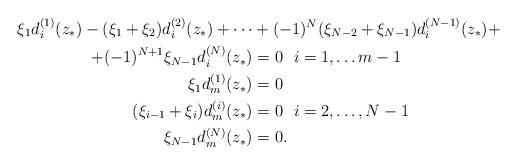
LaTeX: \begin{align*}\xi_1d_i^{(1)}(z_{\ast})-(\xi_1+\xi_2)d_i^{(2)}(z_{\ast})+\cdots&+(-1)^N(\xi_{N-2}+\xi_{N-1})d_i^{(N-1)}(z_{\ast})+\\+(-1)^{N+1}\xi_{N-1}d_i^{(N)}(z_{\ast})&=0\ \ i=1,\hdots m-1\\\xi_1d_m^{(1)}(z_{\ast})&=0\\(\xi_{i-1}+\xi_i)d_m^{(i)}(z_{\ast})&=0\ \ i=2,\hdots,N-1\\ \xi_{N-1}d_m^{(N)}(z_{\ast})&=0.\end{align*}